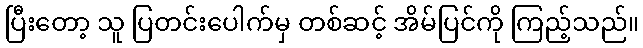
ပြီးတော့ သူ ပြတင်းပေါက်မှ တစ်ဆင့် အိမ်ပြင်ကို ကြည့်သည်။